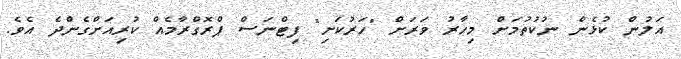
އަލުން ކުޅެން ނުކުތުމަށް މިހާރު ވަރަށް "ހަރުކަށި" ފިޓްނަސް ޕްރޮގްރާމެއް ކުރިއަށްގެންދެ އެވެ.